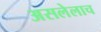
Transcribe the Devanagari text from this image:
असलेलाच